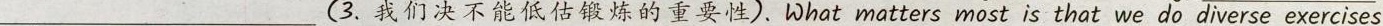
___(3.我们决不能低估锻炼的重要性).以hat matters most is that we do diverse exercises